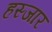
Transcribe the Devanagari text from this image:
हस्जार